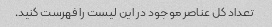
تعداد کل عناصر موجود در این لیست را فهرست کنید.